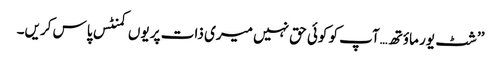
’’شٹ یور ماؤتھ…آپ کو کوئی حق نہیں میری ذات پر یوں کمنٹس پاس کریں۔